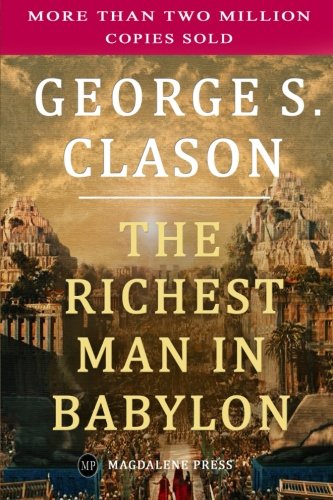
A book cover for The Richest Man in Babylon; George S. Clason; Business & Money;